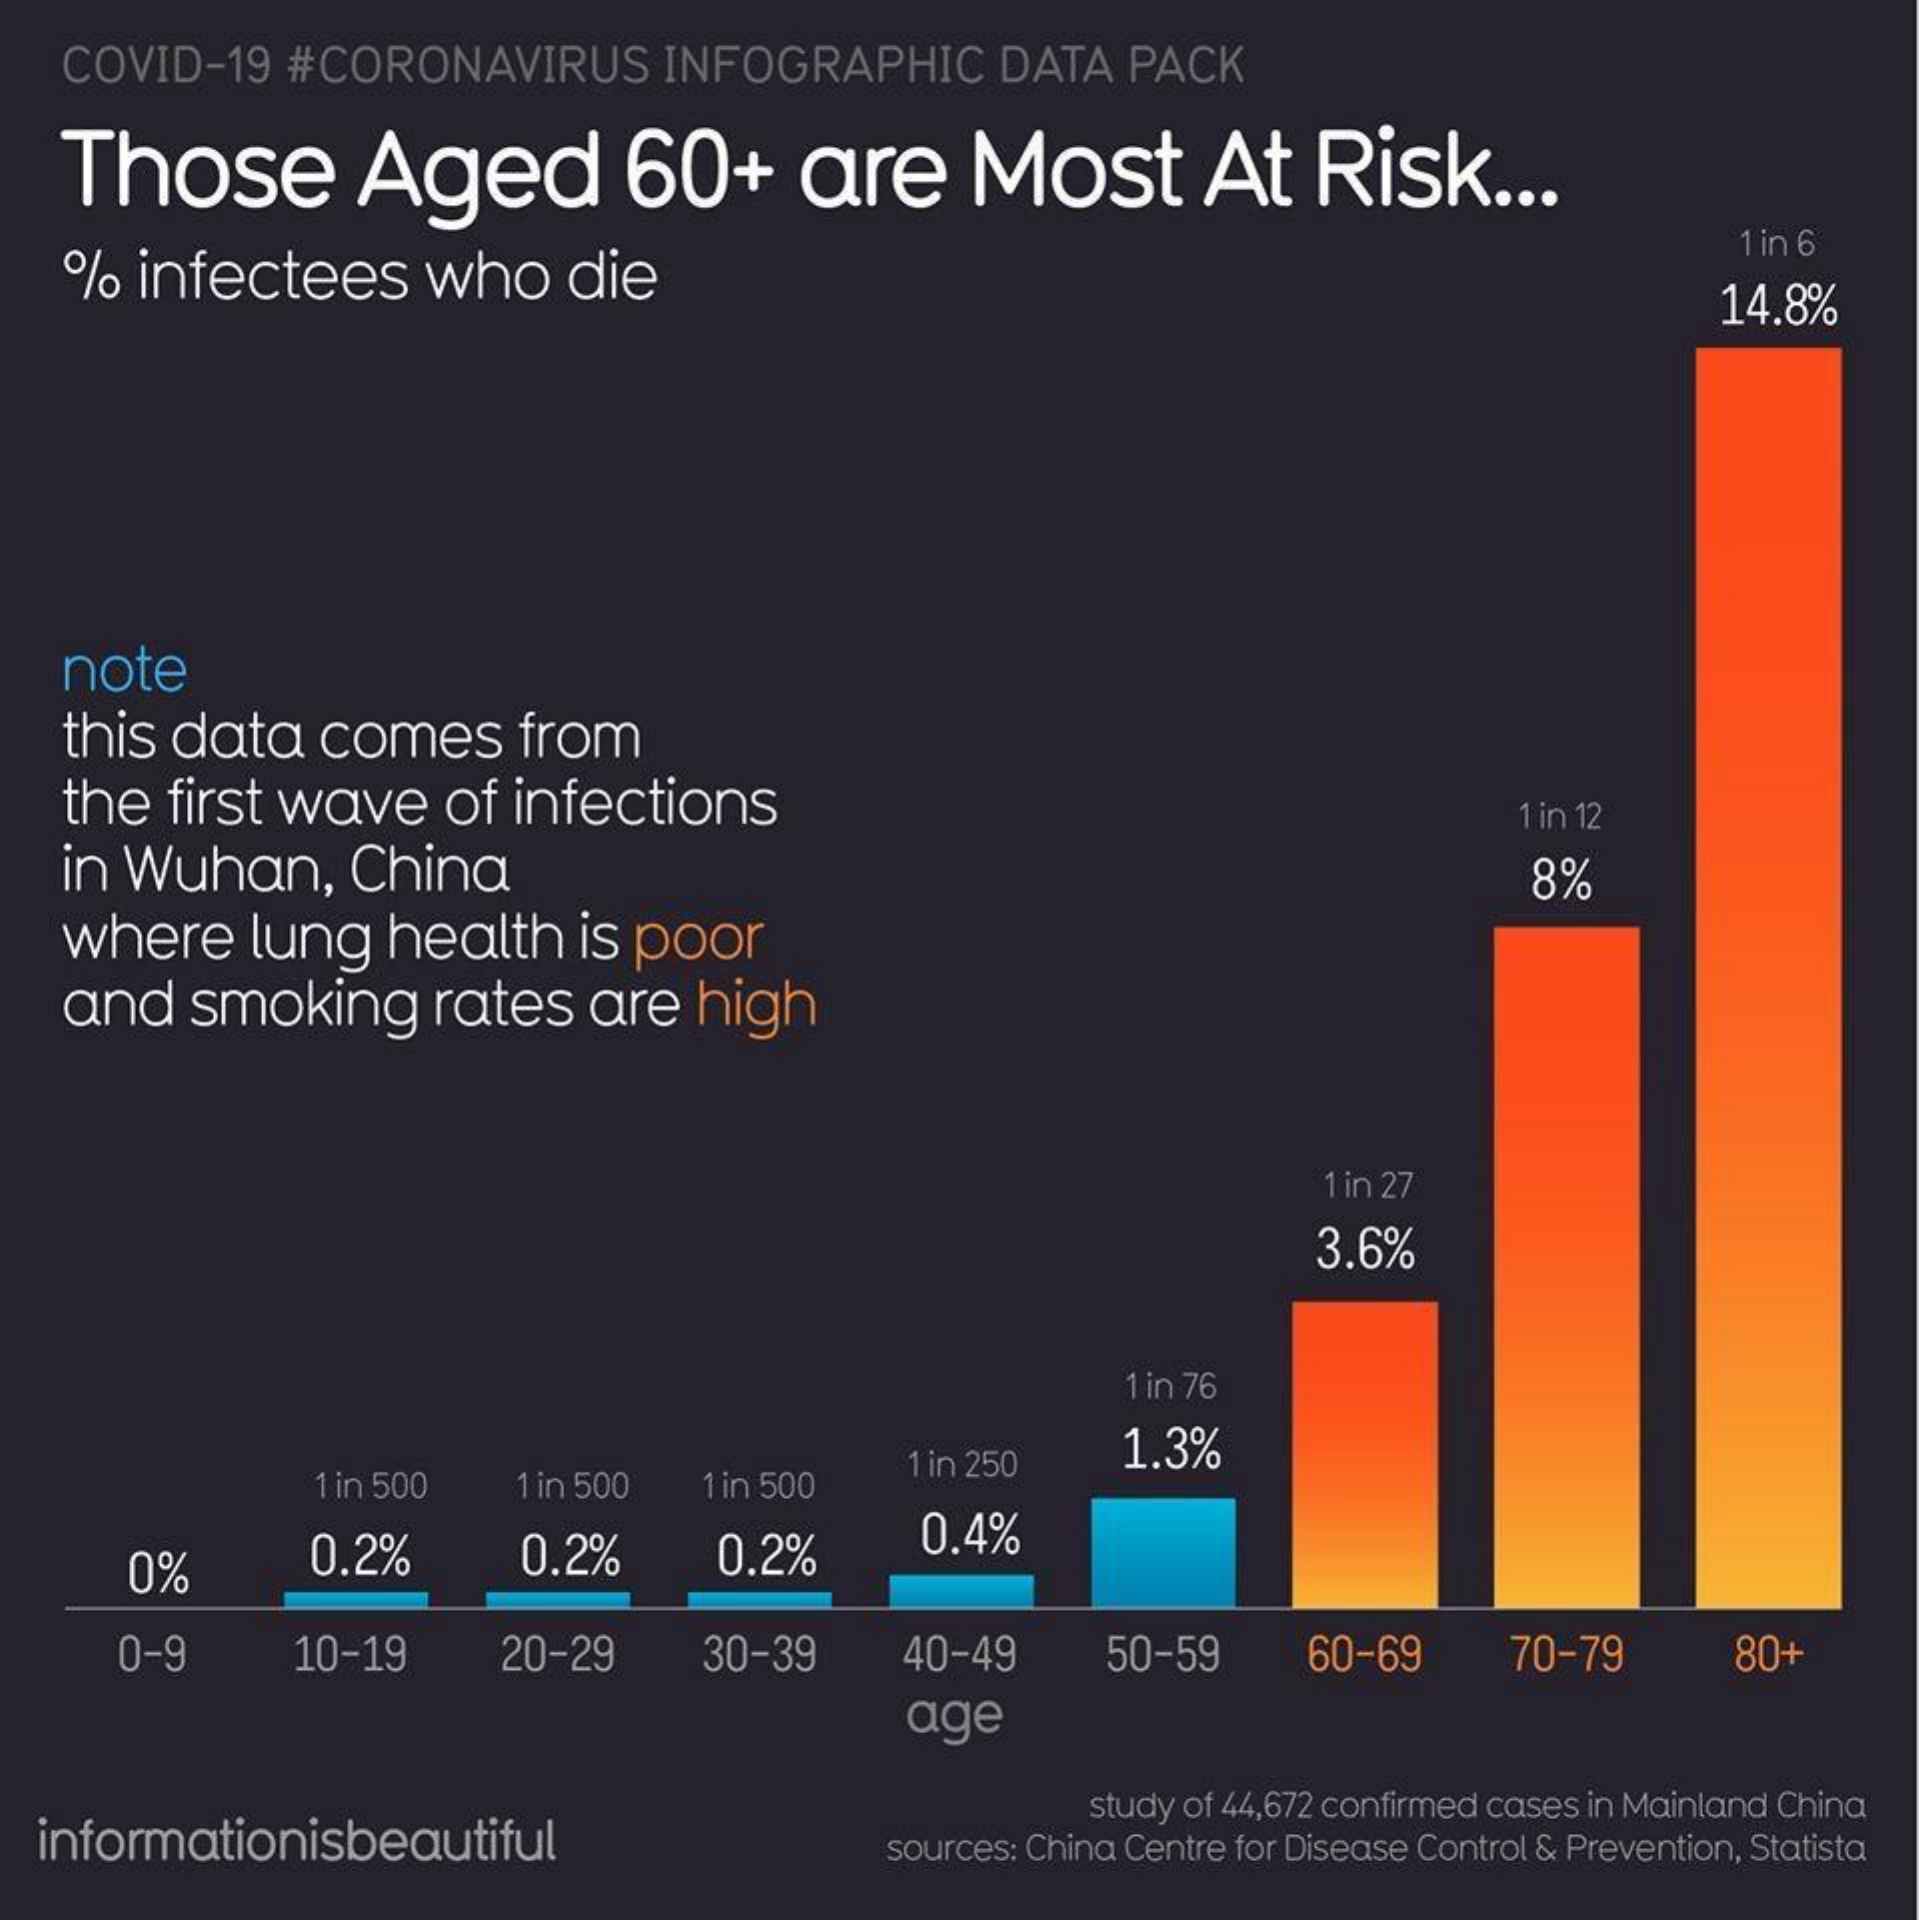
COVID-19    #CORONAVIRUS    INFOGRAPHIC    DATA   PACK COVI
    Those    Aged    60+    are    Most    At    Risk    ...
     % infectees    who    die
     1 in 6
     14.8%
    note
    this  data    comes    from
    the  first  wave    of  infections    1 in 12
    in Wuhan,    China    8%
    where    lung    health    is poor
    and    smoking    rates    are   high
     1 in 27
     3.6%
     1 in 76
     1 in 500    1 in 500  1 in 500
     1 in 250    1.3%
     0%    0.2%    0.2%    0.2%    0.4%
     0-9    10-19    20-29    30-39    40-49    50-59    60-69    70-79    80+
     age
  informationisbeautiful
     study of 44,672 confirmed cases in Mainland China
     sources: China Centre for Disease Control & Prevention, Statista